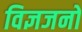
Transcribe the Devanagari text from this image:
विज्ञजनों